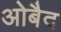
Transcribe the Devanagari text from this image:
ओबैद